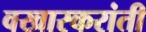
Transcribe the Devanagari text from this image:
वखारकरांती